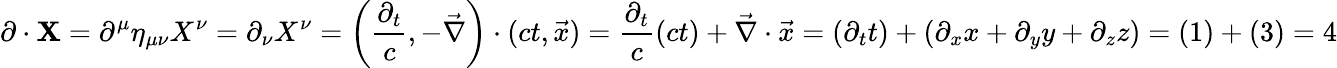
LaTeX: \mathbf{\partial}\cdot\mathbf{X}=\partial^{\mu}\eta_{\mu\nu}X^{\nu}=\partial_{\nu}X^{\nu}=\left({\frac{\partial_{t}}{c}},-{\vec{\nabla}}\right)\cdot(ct,{\vec{x}})={\frac{\partial_{t}}{c}}(ct)+{\vec{\nabla}}\cdot{\vec{x}}=(\partial_{t}t)+(\partial_{x}x+\partial_{y}y+\partial_{z}z)=(1)+(3)=4